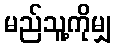
မည်သူ့ကိုမျှ